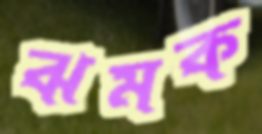
ঝমক